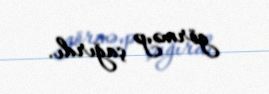
görməyə çağırdı.